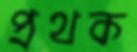
প্রথক